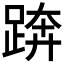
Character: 𨁼